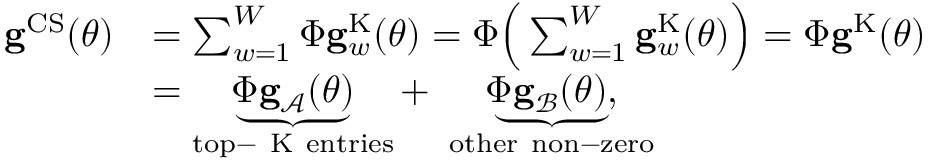
\begin{array} { r l } { \ensuremath { \mathbf { g } } ^ { \mathrm { \tiny \mathrm { \tiny { C S } } } } ( \boldsymbol \theta ) } & { = \sum _ { w = 1 } ^ { W } \boldsymbol \Phi \ensuremath { \mathbf { g } } _ { w } ^ { \mathrm { \tiny { K } } } ( \boldsymbol \theta ) = \boldsymbol \Phi \Big ( \sum _ { w = 1 } ^ { W } \ensuremath { \mathbf { g } } _ { w } ^ { \mathrm { \tiny { K } } } ( \boldsymbol \theta ) \Big ) = \boldsymbol \Phi \ensuremath { \mathbf { g } } ^ { \mathrm { \tiny { K } } } ( \boldsymbol \theta ) } \\ & { = \underbrace { \boldsymbol \Phi \ensuremath { \mathbf { g } } _ { \mathcal { A } } ( \boldsymbol \theta ) } _ { \mathrm { t o p - ~ K ~ e n t r i e s } } + \ \underbrace { \boldsymbol \Phi \ensuremath { \mathbf { g } } _ { \mathcal { B } } ( \boldsymbol \theta ) , } _ { \mathrm { o t h e r ~ n o n - z e r o } } } \end{array}